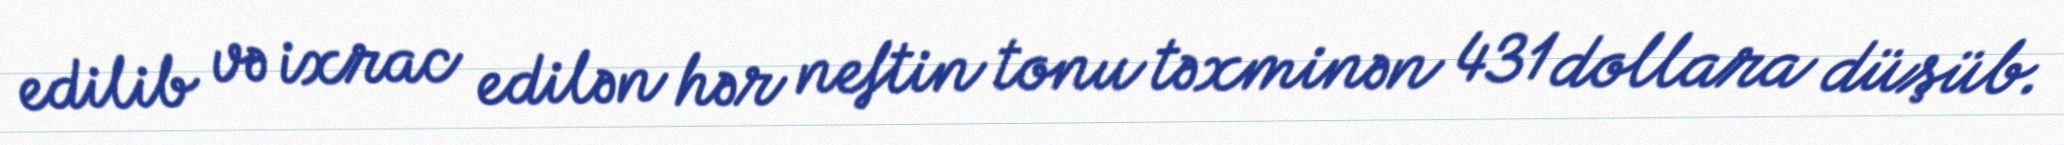
edilib və ixrac edilən hər neftin tonu təxminən 431 dollara düşüb.